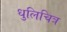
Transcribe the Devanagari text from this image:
धुलिचित्र